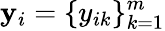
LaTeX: \mathbf{y}_{i}=\{ y_{ik}\} _{k=1}^{m}